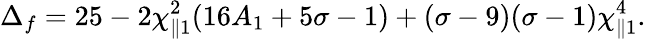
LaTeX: \Delta_{f}=25-2\chi_{\parallel 1}^{2}(16A_{1}+5\sigma-1)+(\sigma-9)(\sigma-1)\chi_{\parallel 1}^{4}.